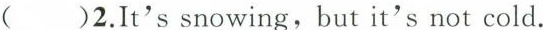
( )2.It's snowing,but it's not cold.